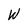
Character: W